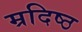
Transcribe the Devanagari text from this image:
म्रदिष्ठ